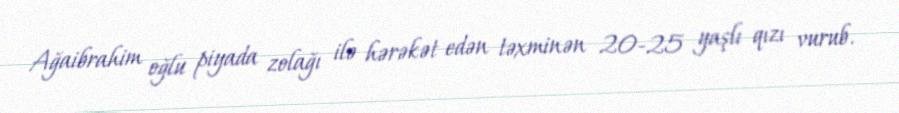
Ağaibrahim oğlu piyada zolağı ilə hərəkət edən təxminən 20-25 yaşlı qızı vurub.